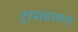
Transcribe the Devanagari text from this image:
ट्रांसडरमल